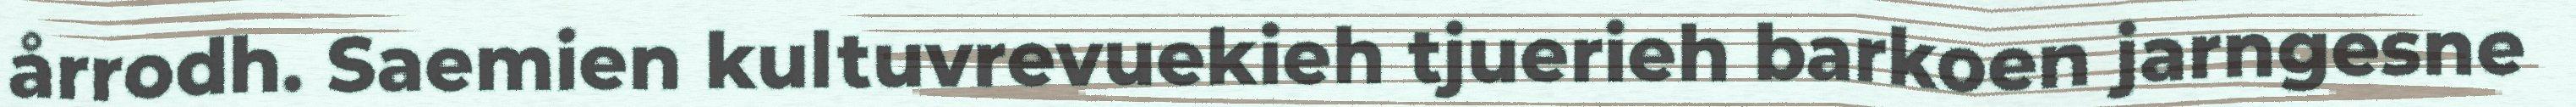
årrodh. Saemien kultuvrevuekieh tjuerieh barkoen jarngesne